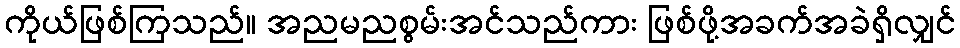
ကိုယ်ဖြစ်ကြသည်။ အညမညစွမ်းအင်သည်ကား ဖြစ်ဖို့အခက်အခဲရှိလျှင်